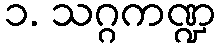
၁. သဂ္ဂကဏ္ဍ